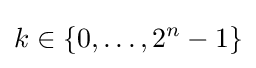
k\in \{0,\dots ,2^{n}-1\}